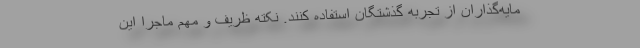
مایه‌گذاران از تجربه گذشتگان استفاده کنند. نکته ظریف و مهم ماجرا این